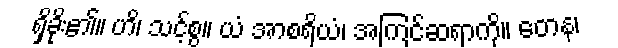
ရှိခိုး၏။ ဟိ၊ သင့်စွ။ ယံ အာစရိယံ၊ အကြင်ဆရာကို။ တေန၊